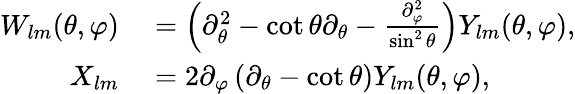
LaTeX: \begin{array}{rl}{W_{lm}(\theta,\varphi)}&{{}=\left(\partial_{\theta}^{2}-\cot\theta\partial_{\theta}-\frac{\partial_{\varphi}^{2}}{\sin^{2}\theta}\right)Y_{lm}(\theta,\varphi),}\\ {X_{lm}}&{{}=2\partial_{\varphi}\left(\partial_{\theta}-\cot\theta\right)Y_{lm}(\theta,\varphi),}\end{array}